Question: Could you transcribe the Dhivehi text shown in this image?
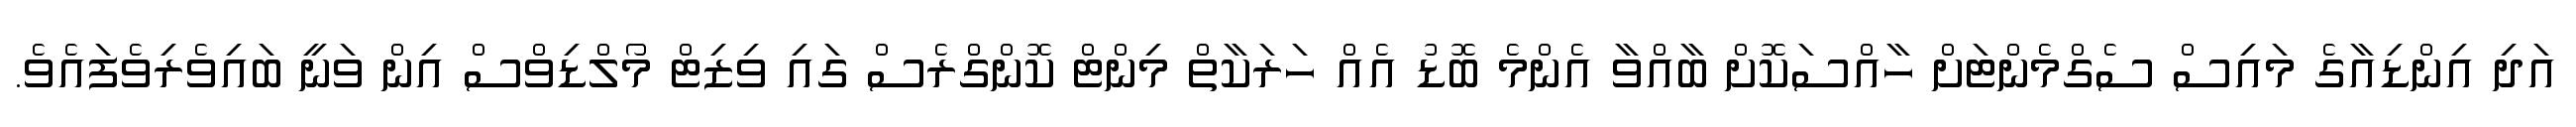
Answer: އަދި އިންޑިއާގެ މައިސް ސެގްމެންޓަށް ހާއްސަކޮށް ބާއްވާ އެންމެ ބޮޑު އެއް ހަރަކާތް މިންޓް ކޮންގްރެސް ގައި ވިޒިޓް މޯލްޑިވްސް އިން ވަނީ ބައިވެރިވެފައެވެ.